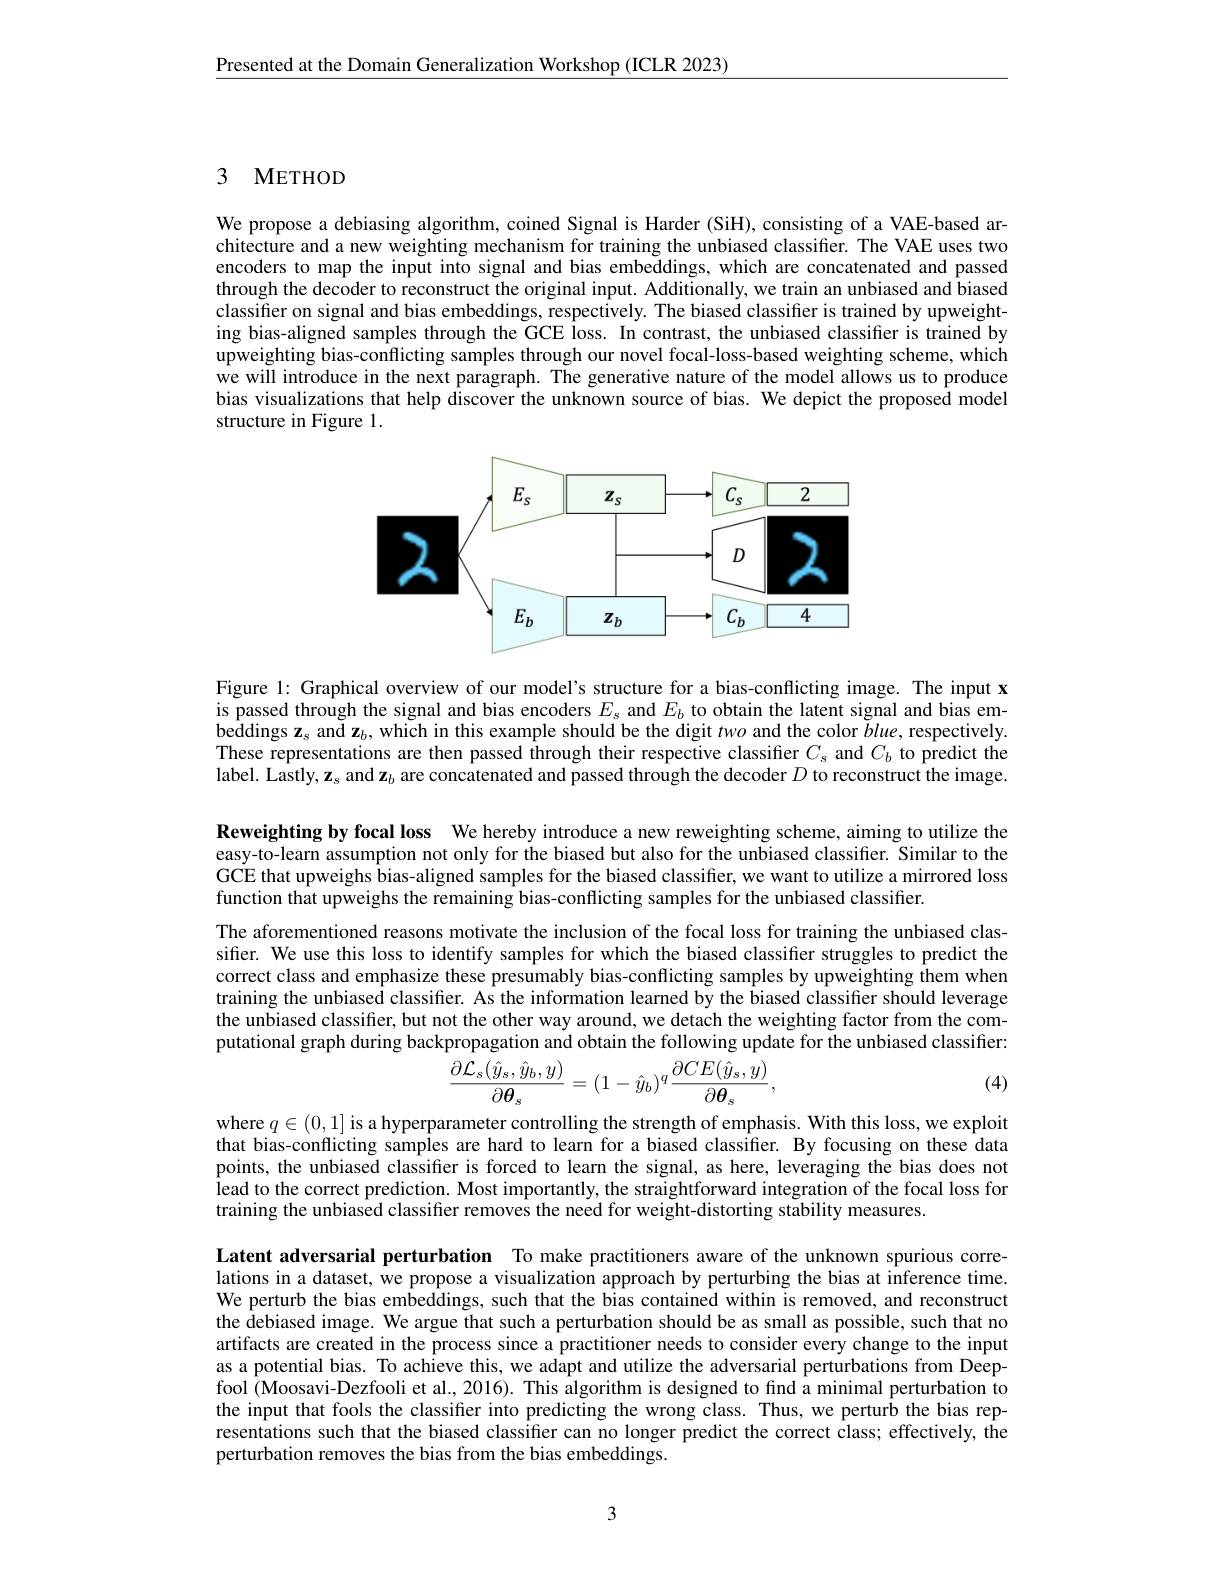
Presented at the Domain Generalization Workshop (ICLR 2023)

### 3 METHOD

We propose a debiasing algorithm, coined Signal is Harder (SiH), consisting of a VAE-based architecture and a new weighting mechanism for training the unbiased classifier. The VAE uses two encoders to map the input into signal and bias embeddings, which are concatenated and passed through the decoder to reconstruct the original input. Additionally, we train an unbiased and biased classifier on signal and bias embeddings, respectively. The biased classifier is trained by upweighting bias-aligned samples through the GCE loss. In contrast, the unbiased classiffer is trained by upweighting bias-conflicting samples through our novel focal-loss-based weighting scheme, which we will introduce in the next paragraph. The generative nature of the model allows us to produce bias visualizations that help discover the unknown source of bias. We depict the proposed model structure in Figure 1.

<FigureHere>

Figure 1: Graphical overview of our model's structure for a bias-conflicting image. The input x is passed through the signal and bias encoders $E_s$ and $E_b$ to obtain the latent signal and bias embeddings $\mathbf{z}_s$ and $\mathbf{z}_b$, which in this example should be the digit two and the color $blue$, respectively. These representations are then passed through their respective classifier $C_s$ and $C_b$ to predict the label. Lastly, $\mathbf{z}_s$ and $\hat{\mathbf{z}}_b$ are concatenated and passed through the decoder $D$ to reconstruct the image.

Reweighting by focal loss We hereby introduce a new reweighting scheme, aiming to utilize the easy-to-learn assumption not only for the biased but also for the unbiased classifier. Similar to the GCE that upweighs bias-aligned samples for the biased classifier, we want to utilize a mirrored loss function that upweighs the remaining bias-conflicting samples for the unbiased classifier.

The aforementioned reasons motivate the inclusion of the focal loss for training the unbiased classiffer. We use this loss to identify samples for which the biased classifier struggles to predict the correct class and emphasize these presumably bias-conflicting samples by upweighting them when training the unbiased classifier. As the information learned by the biased classifier should leverage the unbiased classifier, but not the other way around, we detach the weighting factor from the computational graph during backpropagation and obtain the following update for the unbiased classifier:
$$\frac{\partial\mathcal{L}_{s}(\hat{y}_{s},\hat{y}_{b},y)}{\partial\boldsymbol{\theta}_{s}}=(1-\hat{y}_{b})^{q}\frac{\partial CE(\hat{y}_{s},y)}{\partial\boldsymbol{\theta}_{s}},$$
(4)

where $q\in(0,1]$ is a hyperparameter controlling the strength of emphasis. With this loss, we exploit that bias-conflicting samples are hard to learn for a biased classifier. By focusing on these data points, the unbiased classifier is forced to learn the signal, as here, leveraging the bias does not lead to the correct prediction. Most importantly, the straightforward integration of the focal loss for training the unbiased classifier removes the need for weight-distorting stability measures.

Latent adversarial perturbation To make practitioners aware of the unknown spurious correlations in a dataset, we propose a visualization approach by perturbing the bias at inference time. We perturb the bias embeddings, such that the bias contained within is removed, and reconstruct the debiased image. We argue that such a perturbation should be as small as possible, such that no artifacts are created in the process since a practitioner needs to consider every change to the input as a potential bias. To achieve this, we adapt and utilize the adversarial perturbations from Deepfool (Moosavi-Dezfooli et al., 2016). This algorithm is designed to find a minimal perturbation to the input that fools the classifier into predicting the wrong class. Thus, we perturb the bias representations such that the biased classifier can no longer predict the correct class; effectively, the perturbation removes the bias from the bias embeddings.

3